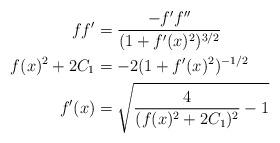
LaTeX: \begin{align*}ff' &= \frac{-f'f''}{(1+f'(x)^{2})^{3/2}}\\f(x)^{2}+2C_{1} &= -2(1+f'(x)^{2})^{-1/2}\\f'(x) &= \sqrt{\frac{4}{(f(x)^{2}+2C_{1})^{2}}-1}\end{align*}